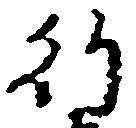
行